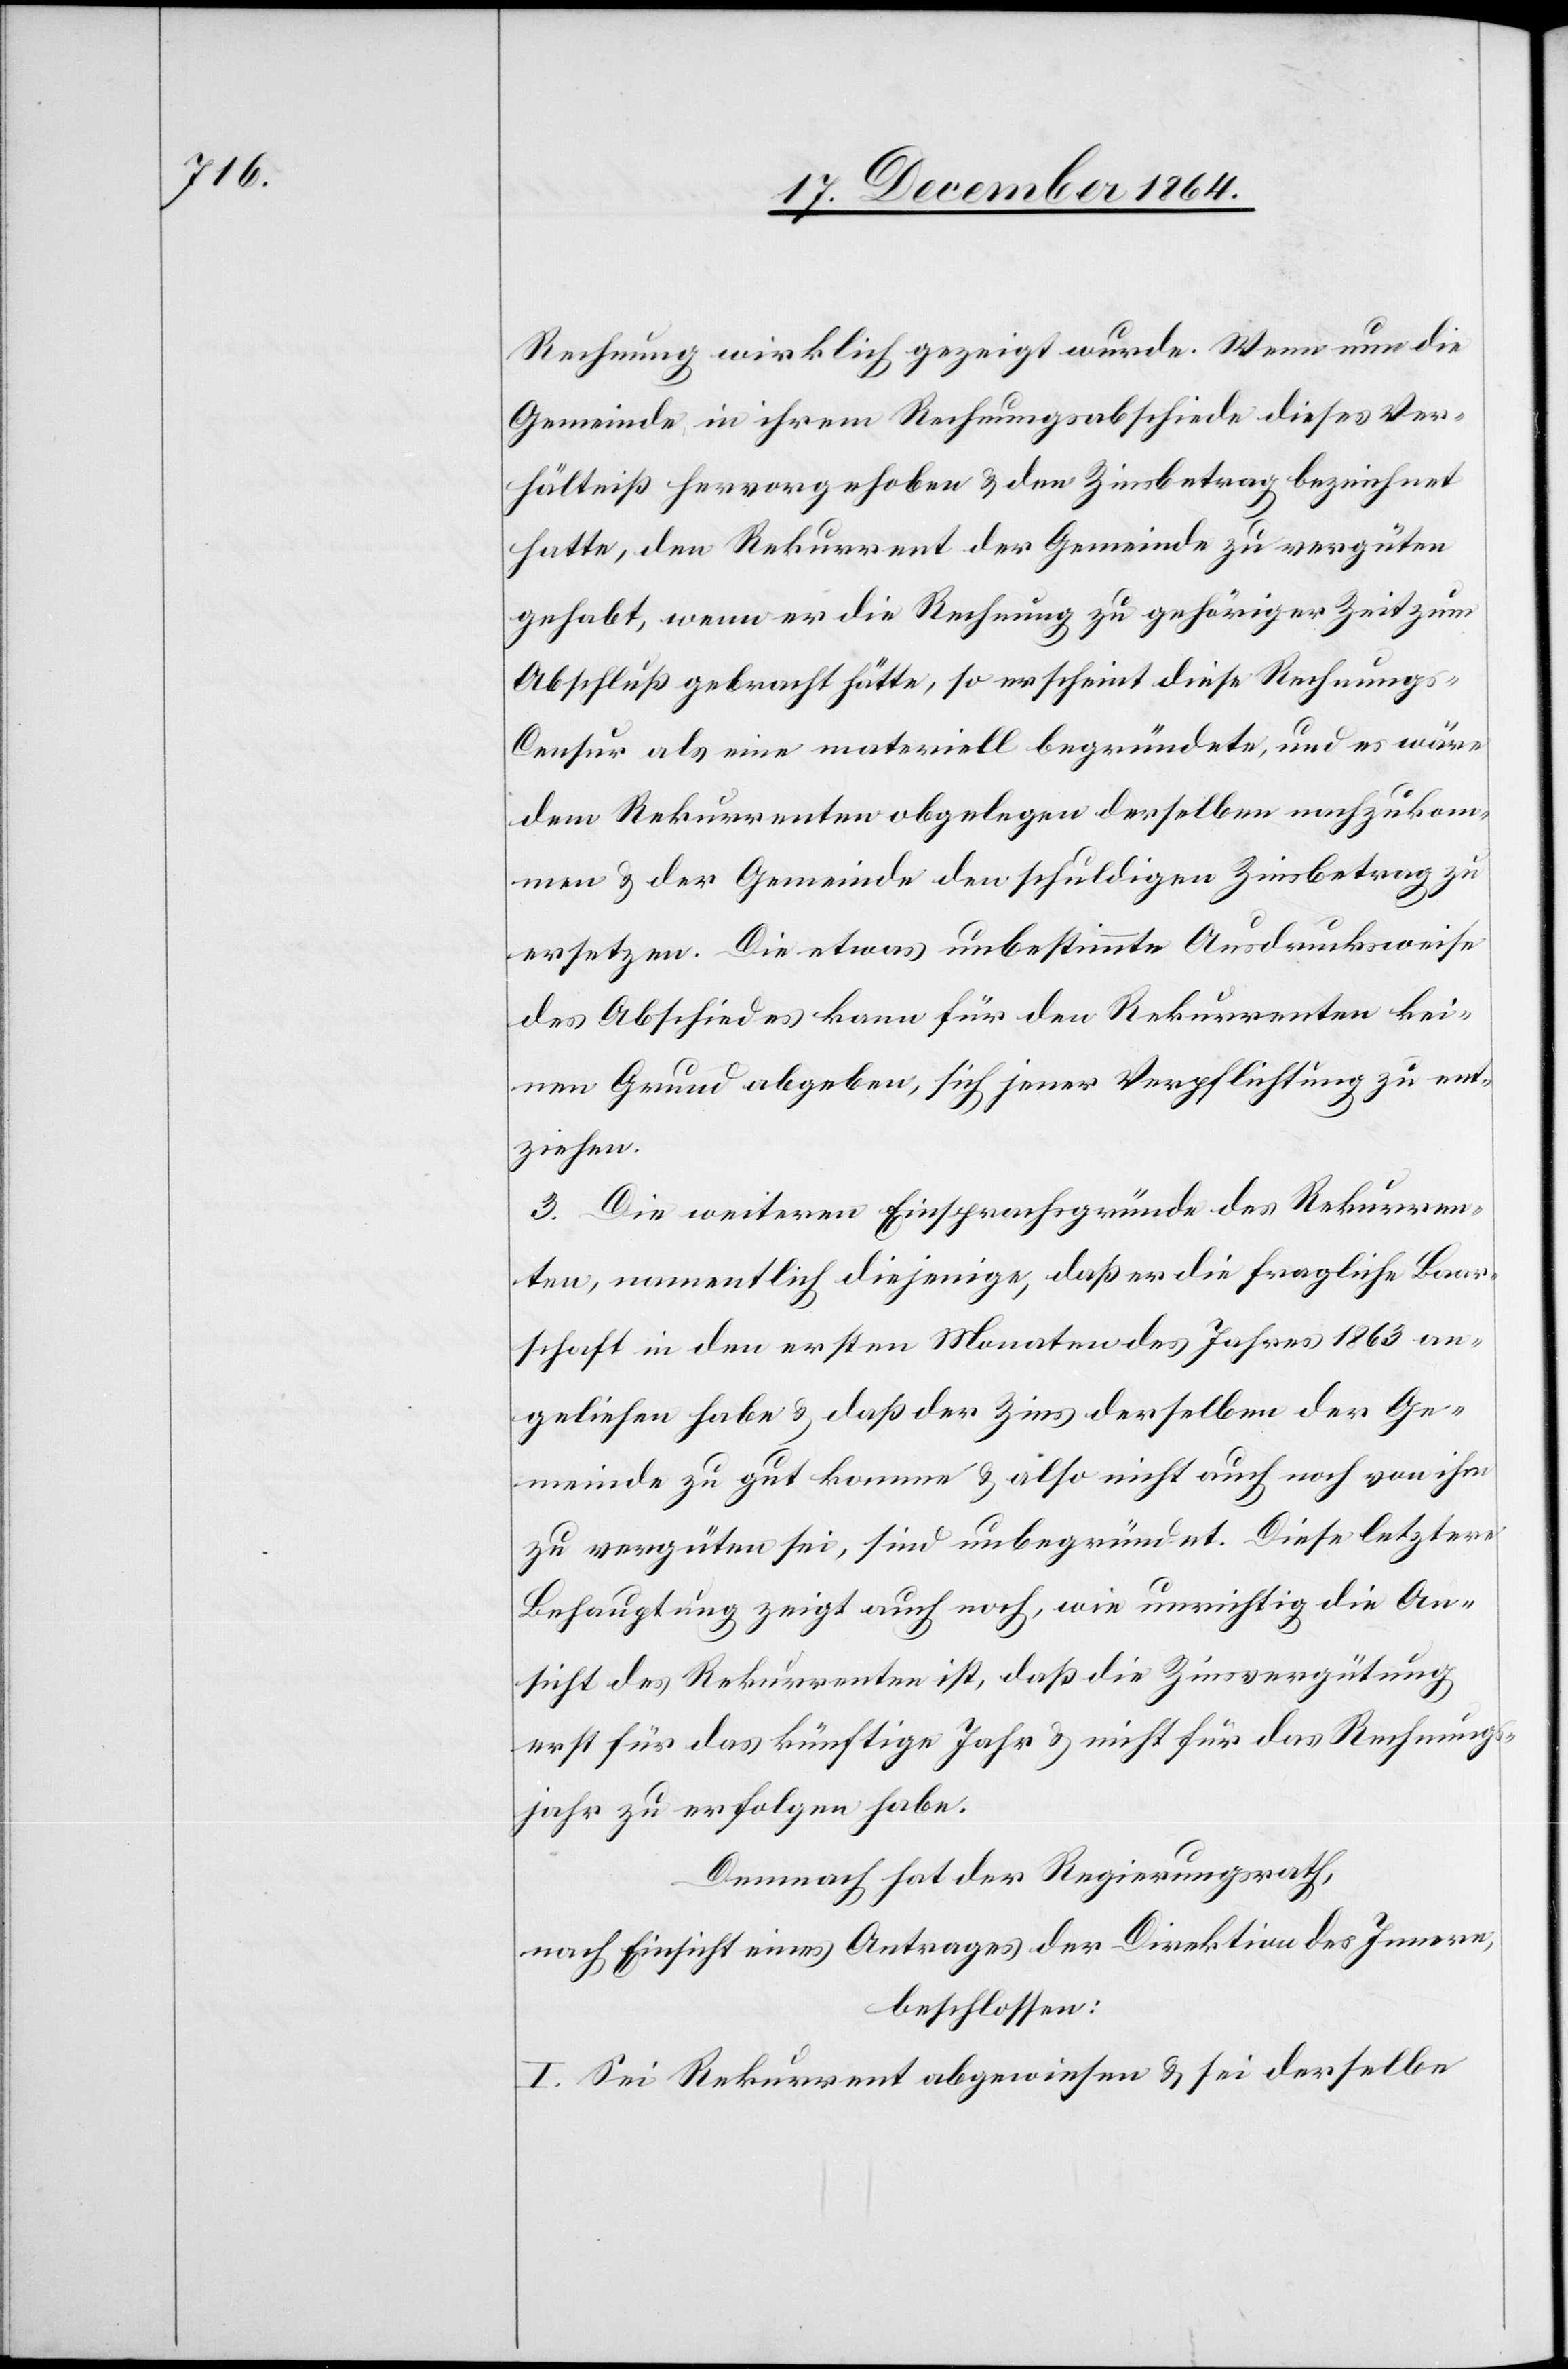
Rechnung wirklich gezeigt wurde. Wenn nun die
Gemeinde in ihrem Rechnungsabschiede dieses Ver¬
hältniß hervorgehoben & den Zinsbetrag bezeichnet
hatte, den Rekurrent der Gemeinde zu vergüten
gehabt, wenn er die Rechnung zu gehöriger Zeit zum
Abschluß gebracht hätte, so erscheint diese Rechnung¬
s-Censur als eine materiell begründete, und es wäre
dem Rekurrenten obgelegen derselben nachzukom¬
men & der Gemeinde den schuldigen Zinsbetrag zu
ersetzen. Die etwas unbestimmte Ausdrucksweise
des Abschiedes kann für den Rekurrenten kei¬
nen Grund abgeben, sich jener Verpflichtung zu ent¬
ziehen.
3. Die weiteren Einsprachegründe des Rekurren¬
ten, namentlich diejenige, daß er die fragliche Baar¬
schaft in den ersten Monaten des Jahres 1863 an¬
geliehen habe & daß der Zins derselben der Ge¬
meinde zu gut komme & also nicht auch noch von ihm
zu vergüten sei, sind unbegründet. Diese letztere
Behauptung zeigt auch noch, wie unrichtig die An¬
sicht des Rekurrenten ist, daß die Zinsvergütung
erst für das künftige Jahr & nicht für das Rechnungs¬
jahr zu erfolgen habe.
Demnach hat der Regierungsrath,
nach Einsicht eines Antrages der Direktion des Innern,
beschlossen:
I. Sei Rekurrent abgewiesen & sei derselbe